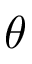
\theta